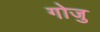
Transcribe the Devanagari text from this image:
गोजु